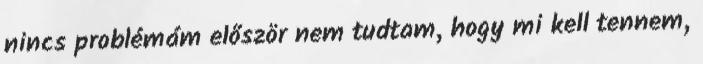
nincs problémám először nem tudtam, hogy mi kell tennem,